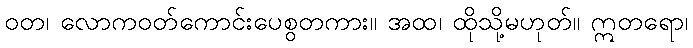
ဝတ၊ လောကဝတ်ကောင်းပေစွတကား။ အထ၊ ထိုသို့မဟုတ်။ ဣတရော၊